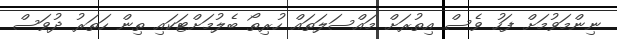
ނިންމަވުމަށް ފަހު ވެސް އިތުރަށް މައްސަލަތައް ހުރިތޯ ބެލުމަށްޓަކައި ތިން ހަތަރު ދުވަސް